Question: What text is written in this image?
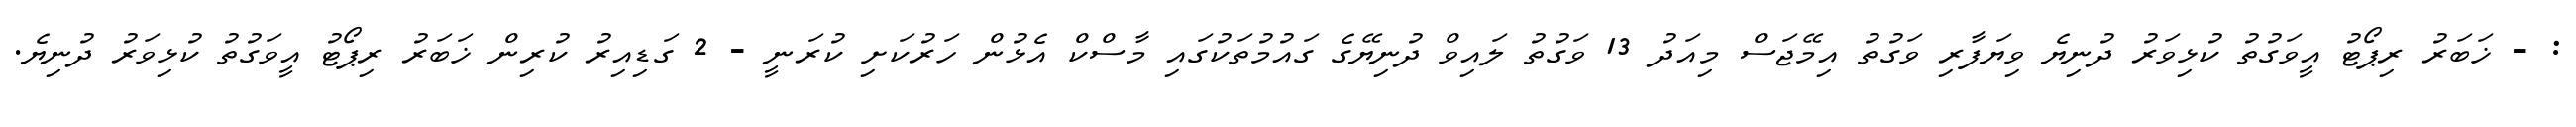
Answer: : - ޚަބަރު ރިޕޯޓު އީވަގުތު ކުޅިވަރު ދުނިޔެ ވިޔަފާރި ވަގުތު އިމޭޖަސް މިއަދު 13 ވަގުތު ލައިވް ދުނިޔޭގެ ގައުމުތަކުގައި މާސްކް އެޅުން ހަރުކަށި ކުރަނީ - 2 ގަޑިއިރު ކުރިން ޚަބަރު ރިޕޯޓު އީވަގުތު ކުޅިވަރު ދުނިޔެ.